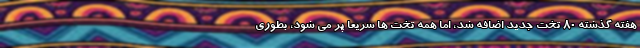
هفته گذشته 80 تخت جدید اضافه شد، اما همه تخت ها سریعا پر می شود، بطوری